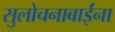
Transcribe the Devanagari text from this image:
सुलोचनाबाईंना